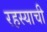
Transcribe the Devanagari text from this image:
रहस्याची